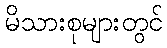
မိသားစုများတွင်